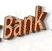
bank